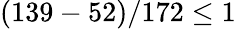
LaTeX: (139-52)/172\leq 1